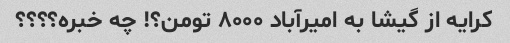
کرایه از گیشا به امیرآباد ۸۰۰۰ تومن؟! چه خبره؟؟؟؟